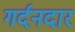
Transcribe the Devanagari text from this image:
गर्दनदार